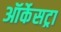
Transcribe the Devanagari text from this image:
ऑर्केसट्रा